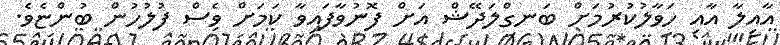
އާއިލާ އާއި ހަވާލުކުރުމަށް ބަނގްލަދޭޝް އަށް ފޮނުވާފައިވާ ކަމަށް ވެސް ފުލުހުން ބުންޏެވެ.